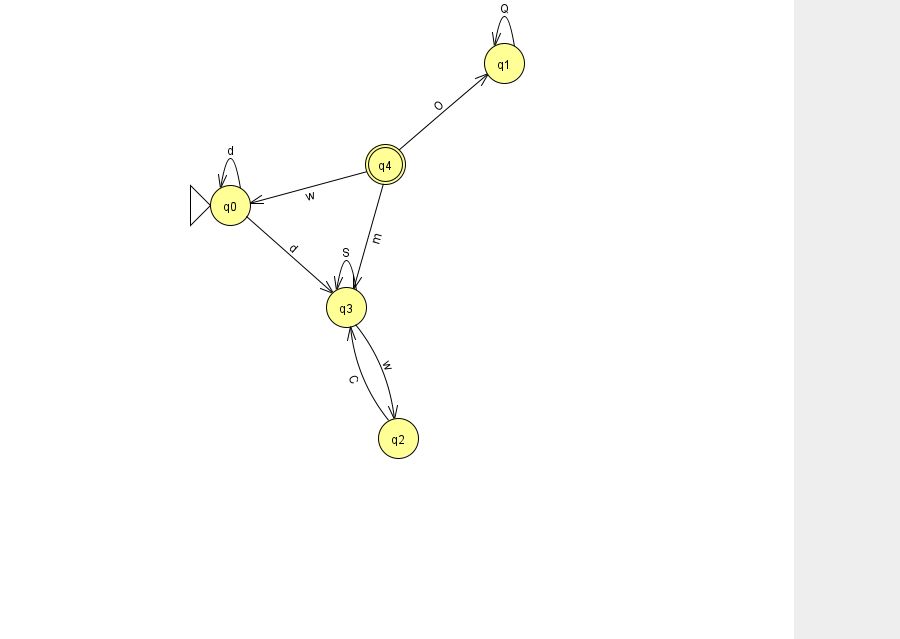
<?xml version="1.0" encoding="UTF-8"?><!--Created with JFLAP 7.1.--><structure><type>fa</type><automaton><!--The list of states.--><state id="0" name="q0"><x>230.0</x><y>192.0</y><initial/></state><state id="1" name="q1"><x>504.0</x><y>50.0</y></state><state id="2" name="q2"><x>398.0</x><y>425.0</y></state><state id="3" name="q3"><x>346.0</x><y>294.0</y></state><state id="4" name="q4"><x>385.0</x><y>151.0</y><final/></state><!--The list of transitions.--><transition><from>4</from><to>0</to><read>w</read></transition><transition><from>4</from><to>1</to><read>O</read></transition><transition><from>1</from><to>1</to><read>Q</read></transition><transition><from>3</from><to>2</to><read>w</read></transition><transition><from>4</from><to>3</to><read>m</read></transition><transition><from>3</from><to>3</to><read>S</read></transition><transition><from>0</from><to>0</to><read>d</read></transition><transition><from>2</from><to>3</to><read>C</read></transition><transition><from>0</from><to>3</to><read>d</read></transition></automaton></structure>